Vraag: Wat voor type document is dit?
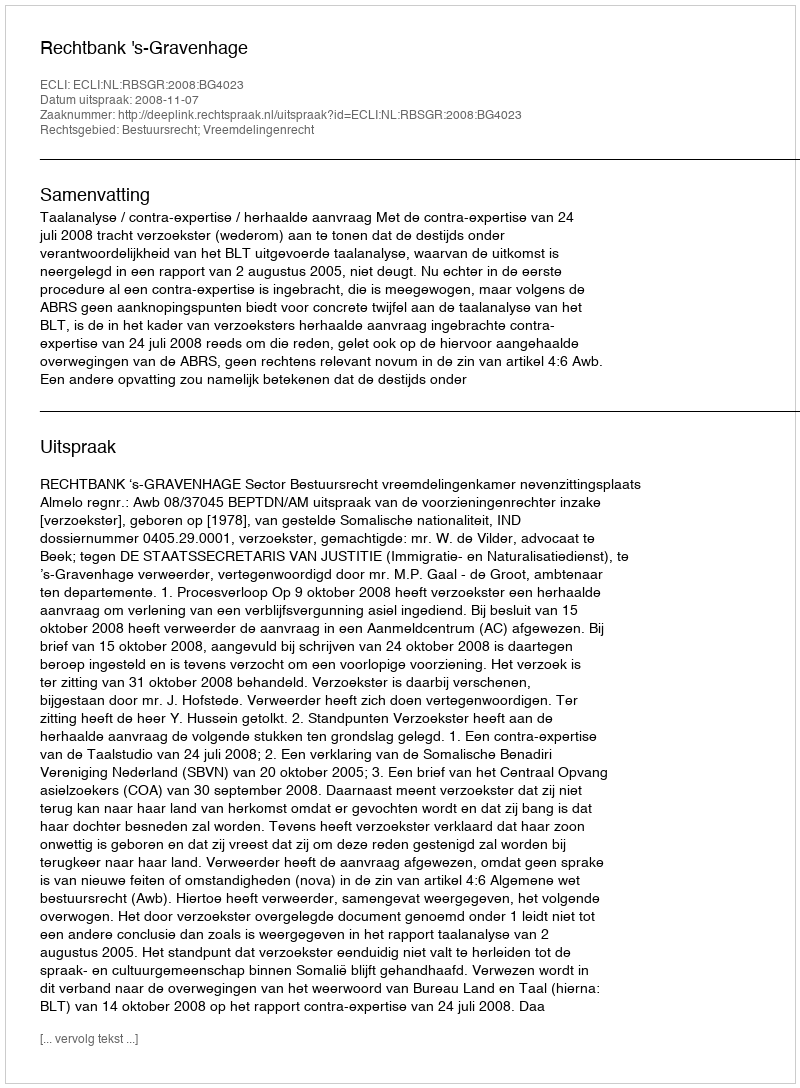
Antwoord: Uitspraak